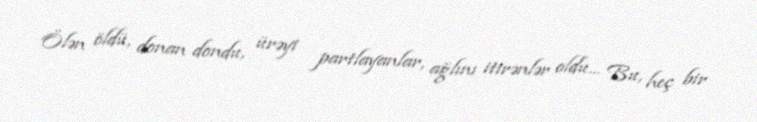
Ölən öldü, donan dondu, ürəyi partlayanlar, ağlını itirənlər oldu… Bu, heç bir